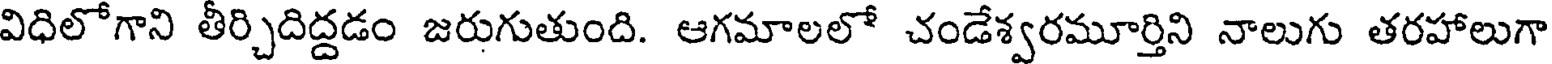
విధిలోగాని తీర్చిదిద్దడం జరుగుతుంది. ఆగమాలలో చండేశ్వరమూర్తిని నాలుగు తరహాలుగా